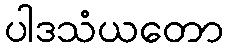
ပါဒသံယတော